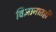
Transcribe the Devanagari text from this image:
विज्ञानातही